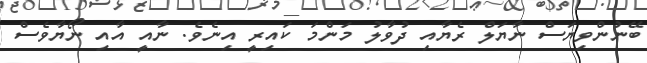
ބޭނުންވިޔަސް ނާޔަލް ރެޔާއި ދުވާލު މަންމަ ކައިރީ އިނެވެ. ނާއީ އާއި ނޯޔާވެސް